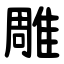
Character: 雕